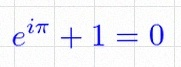
e^{i\pi}+1=0